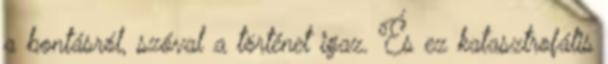
a bontásról, szóval a történet igaz. És ez katasztrofális